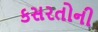
કસરતોની